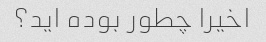
اخیرا چطور بوده اید؟